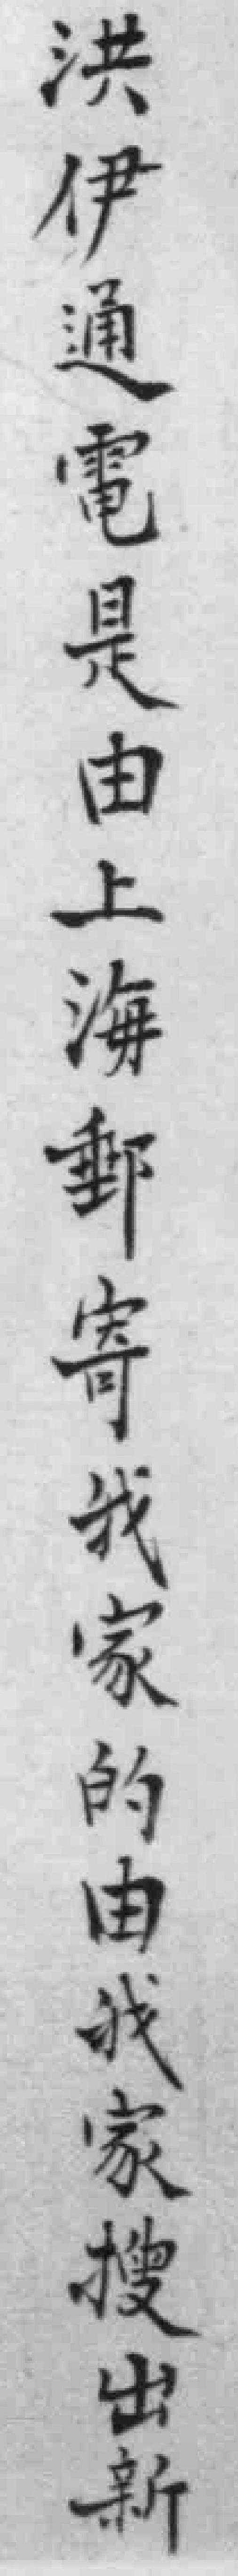
洪伊通電是由上海郵寄我家的由我家搜出新